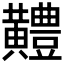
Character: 𪏨